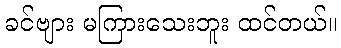
ခင်ဗျား မကြားသေးဘူး ထင်တယ်။